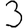
Digit: 3